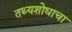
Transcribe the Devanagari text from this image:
तथ्यशोधाचा